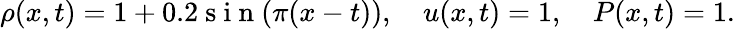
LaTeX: \rho(x,t)=1+0.2\mathrm{~s~i~n~}(\pi(x-t)),\quad u(x,t)=1,\quad P(x,t)=1.